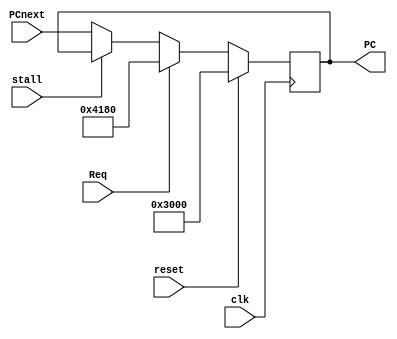
`timescale 1ns / 1ps

module IFU(
    input clk,
    input reset,
    input Req,
    input stall,

    input [31:0] PCnext,
    output reg [31:0] PC
    );

always @(posedge clk) begin
  if(reset==1) begin
    PC <= 32'h0000_3000;
  end

  else if(Req==1) begin
    PC <= 32'h0000_4180;
  end

  else if(stall==1) begin
    PC <= PC;
  end

  else begin
    PC <= PCnext;
  end
end

endmodule